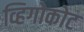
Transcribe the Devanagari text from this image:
व्हिगोकोट